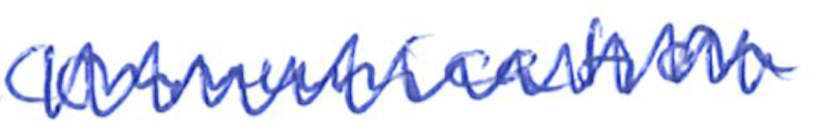
Text: communication
Cross-out: zig-zag
Writing tool: ballpoint